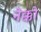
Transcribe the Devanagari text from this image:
नेक्को